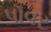
પૉવર